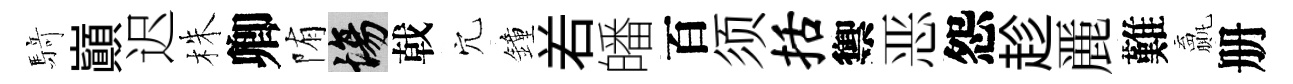
𮪍巔迟株卿陏場戟穴鐘𠰥皤百须括禦恶怨趁䴡難贏册